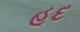
હૂદ